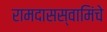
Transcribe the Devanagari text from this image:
रामदासस्वामिंचे